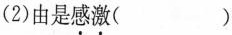
(2)由是感激( )